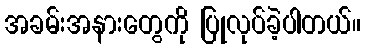
အခမ်းအနားတွေကို ပြုလုပ်ခဲ့ပါတယ်။